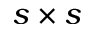
s \times s